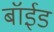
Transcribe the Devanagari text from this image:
बॉईड